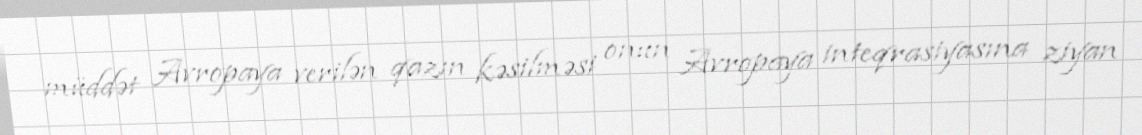
müddət Avropaya verilən qazın kəsilməsi onun Avropaya inteqrasiyasına ziyan